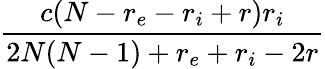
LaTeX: \frac{c(N-r_{e}-r_{i}+r)r_{i}}{2N(N-1)+r_{e}+r_{i}-2r}